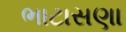
ભાટાસણા